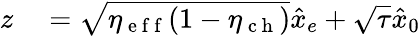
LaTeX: \begin{array}{rl}{z}&{{}=\sqrt{\eta_{\mathrm{~e~f~f~}}(1-\eta_{\mathrm{~c~h~}})}\hat{x}_{e}+\sqrt{\tau}\hat{x}_{0}}\end{array}